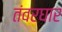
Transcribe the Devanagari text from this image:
तंवरघार